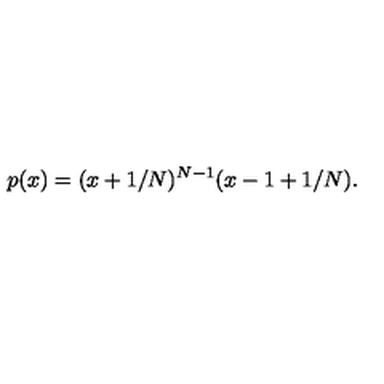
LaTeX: p ( x ) = ( x + 1 / N ) ^ { N - 1 } ( x - 1 + 1 / N ) .